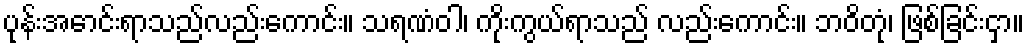
ပုန်းအောင်းရာသည်လည်းကောင်း။ သရဏံဝါ၊ ကိုးကွယ်ရာသည် လည်းကောင်း။ ဘဝိတုံ၊ ဖြစ်ခြင်းငှာ။